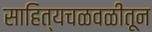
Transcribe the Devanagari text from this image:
साहित्यचळवळीतून